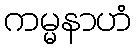
ကမ္မနာဟံ